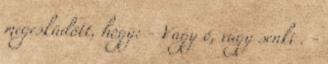
megesküdött, hogy: - Vagy ő, vagy senki . -